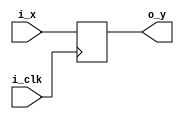
`timescale 1ns / 1ps

module B(i_clk,i_x, o_y); //Nonarchitectural Register
	input [31:0] i_x;
	input i_clk;
	output reg[31:0] o_y;
	
	always@(posedge i_clk )begin
			o_y <= i_x;
	end
endmodule